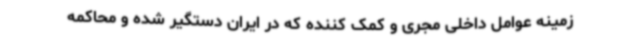
زمینه عوامل داخلی مجری و کمک کننده که در ایران دستگیر شده و محاکمه